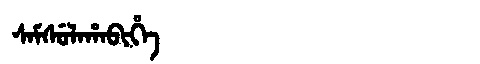
Manchu: ᠰᠠᠮᠰᡠᠯᠠᡥᠠᠪᡳᡥᡝ
Romanization: SAMSULAHABIHE